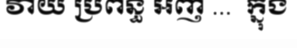
វាយ ប្រពន្ធ ឣញ ...  ក្នុង